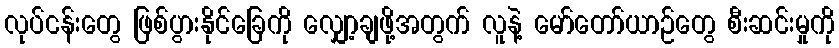
လုပ်ငန်းတွေ ဖြစ်ပွားနိုင်ခြေကို လျှော့ချဖို့အတွက် လူနဲ့ မော်တော်ယာဉ်တွေ စီးဆင်းမှုကို